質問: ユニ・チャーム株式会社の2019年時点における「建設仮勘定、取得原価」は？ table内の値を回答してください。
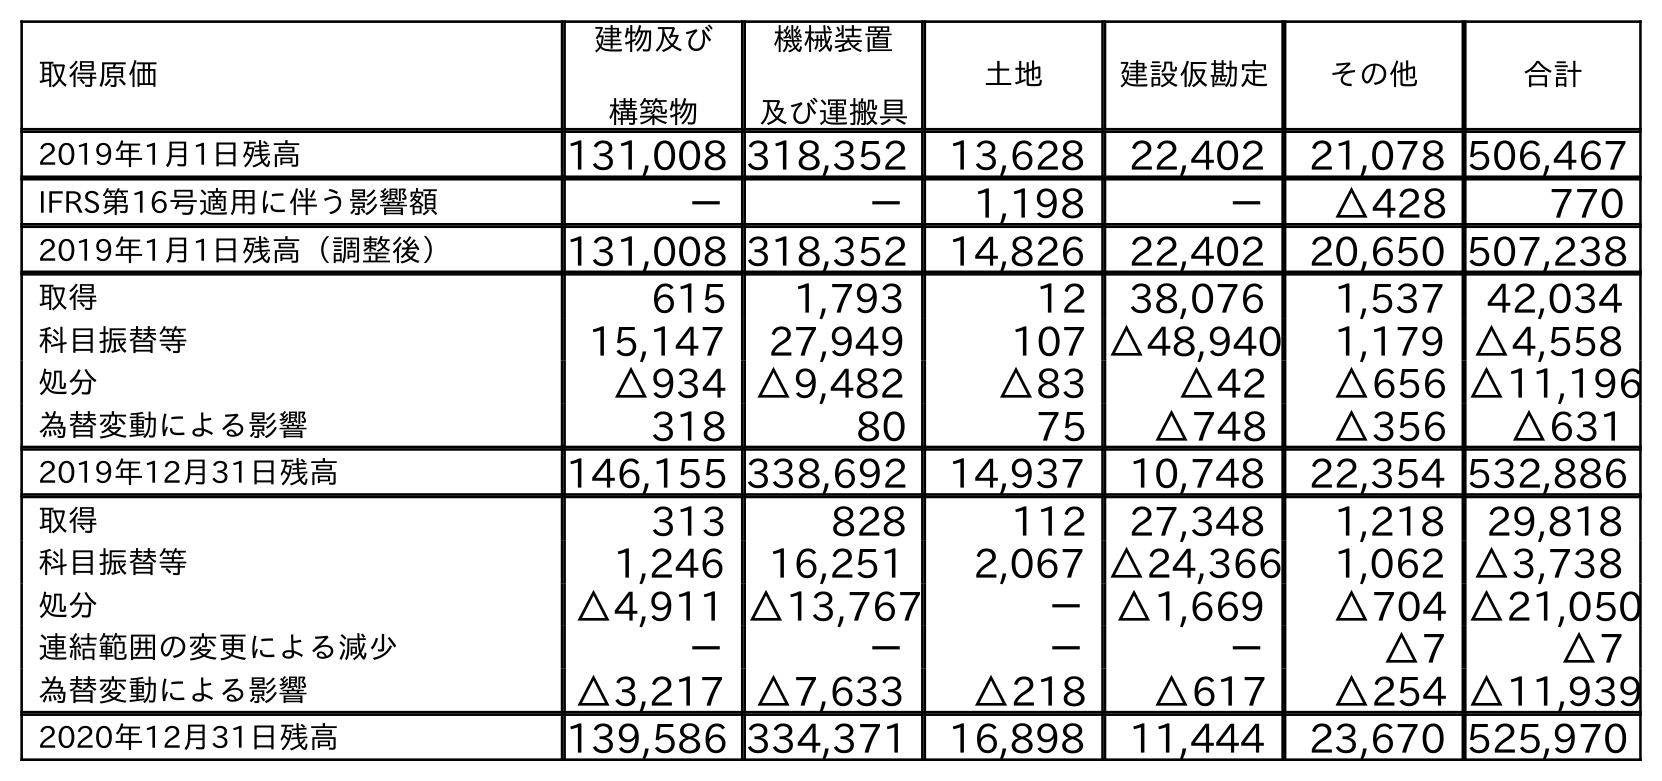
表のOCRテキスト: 取得原価 建物及び 構築物 機械装置 及び運搬具 土地 建設仮勘定 その他 合計 2019年1月1日残高 131,008 318,352 13,628 22,402 21,078 506,467 IFRS第16号適用に伴う影響額 － － 1,198 － △428 770 2019年1月1日残高（調整後） 131,008 318,352 14,826 22,402 20,650 507,238 取得 615 1,793 12 38,076 1,537 42,034 科目振替等 15,147 27,949 107 △48,940 1,179 △4,558 処分 △934 △9,482 △83 △42 △656 △11,196 為替変動による影響 318 80 75 △748 △356 △631 2019年12月31日残高 146,155 338,692 14,937 10,748 22,354 532,886 取得 313 828 112 27,348 1,218 29,818 科目振替等 1,246 16,251 2,067 △24,366 1,062 △3,738 処分 △4,911 △13,767 －△1,669 △704 △21,050 連結範囲の変更による減少 － － － － △7 △7 為替変動による影響 △3,217 △7,633 △218 △617 △254 △11,939 2020年12月31日残高 139,586 334,371 16,898 11,444 23,670 525,970
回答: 10,748